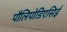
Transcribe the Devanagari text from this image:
पौलिपोडिएसिई